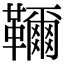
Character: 𩍦